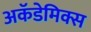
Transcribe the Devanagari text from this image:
अकॅडेमिक्स